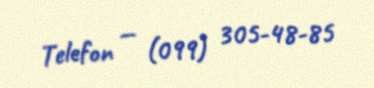
Telefon — (099) 305-48-85